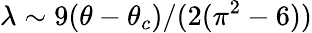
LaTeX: \lambda\sim 9(\theta-\theta_{c})/(2(\pi^{2}-6))